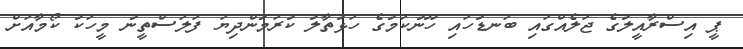
ޕީ އިސްރާއީލުގެ ޖަލެއްގައި ބަނޑުހައި ހޫނުކަމުގެ ހަޅުތާލު ކުރަމުންދިޔަ ފަލަސްތީނު މީހަކު ކޯމާއަށް